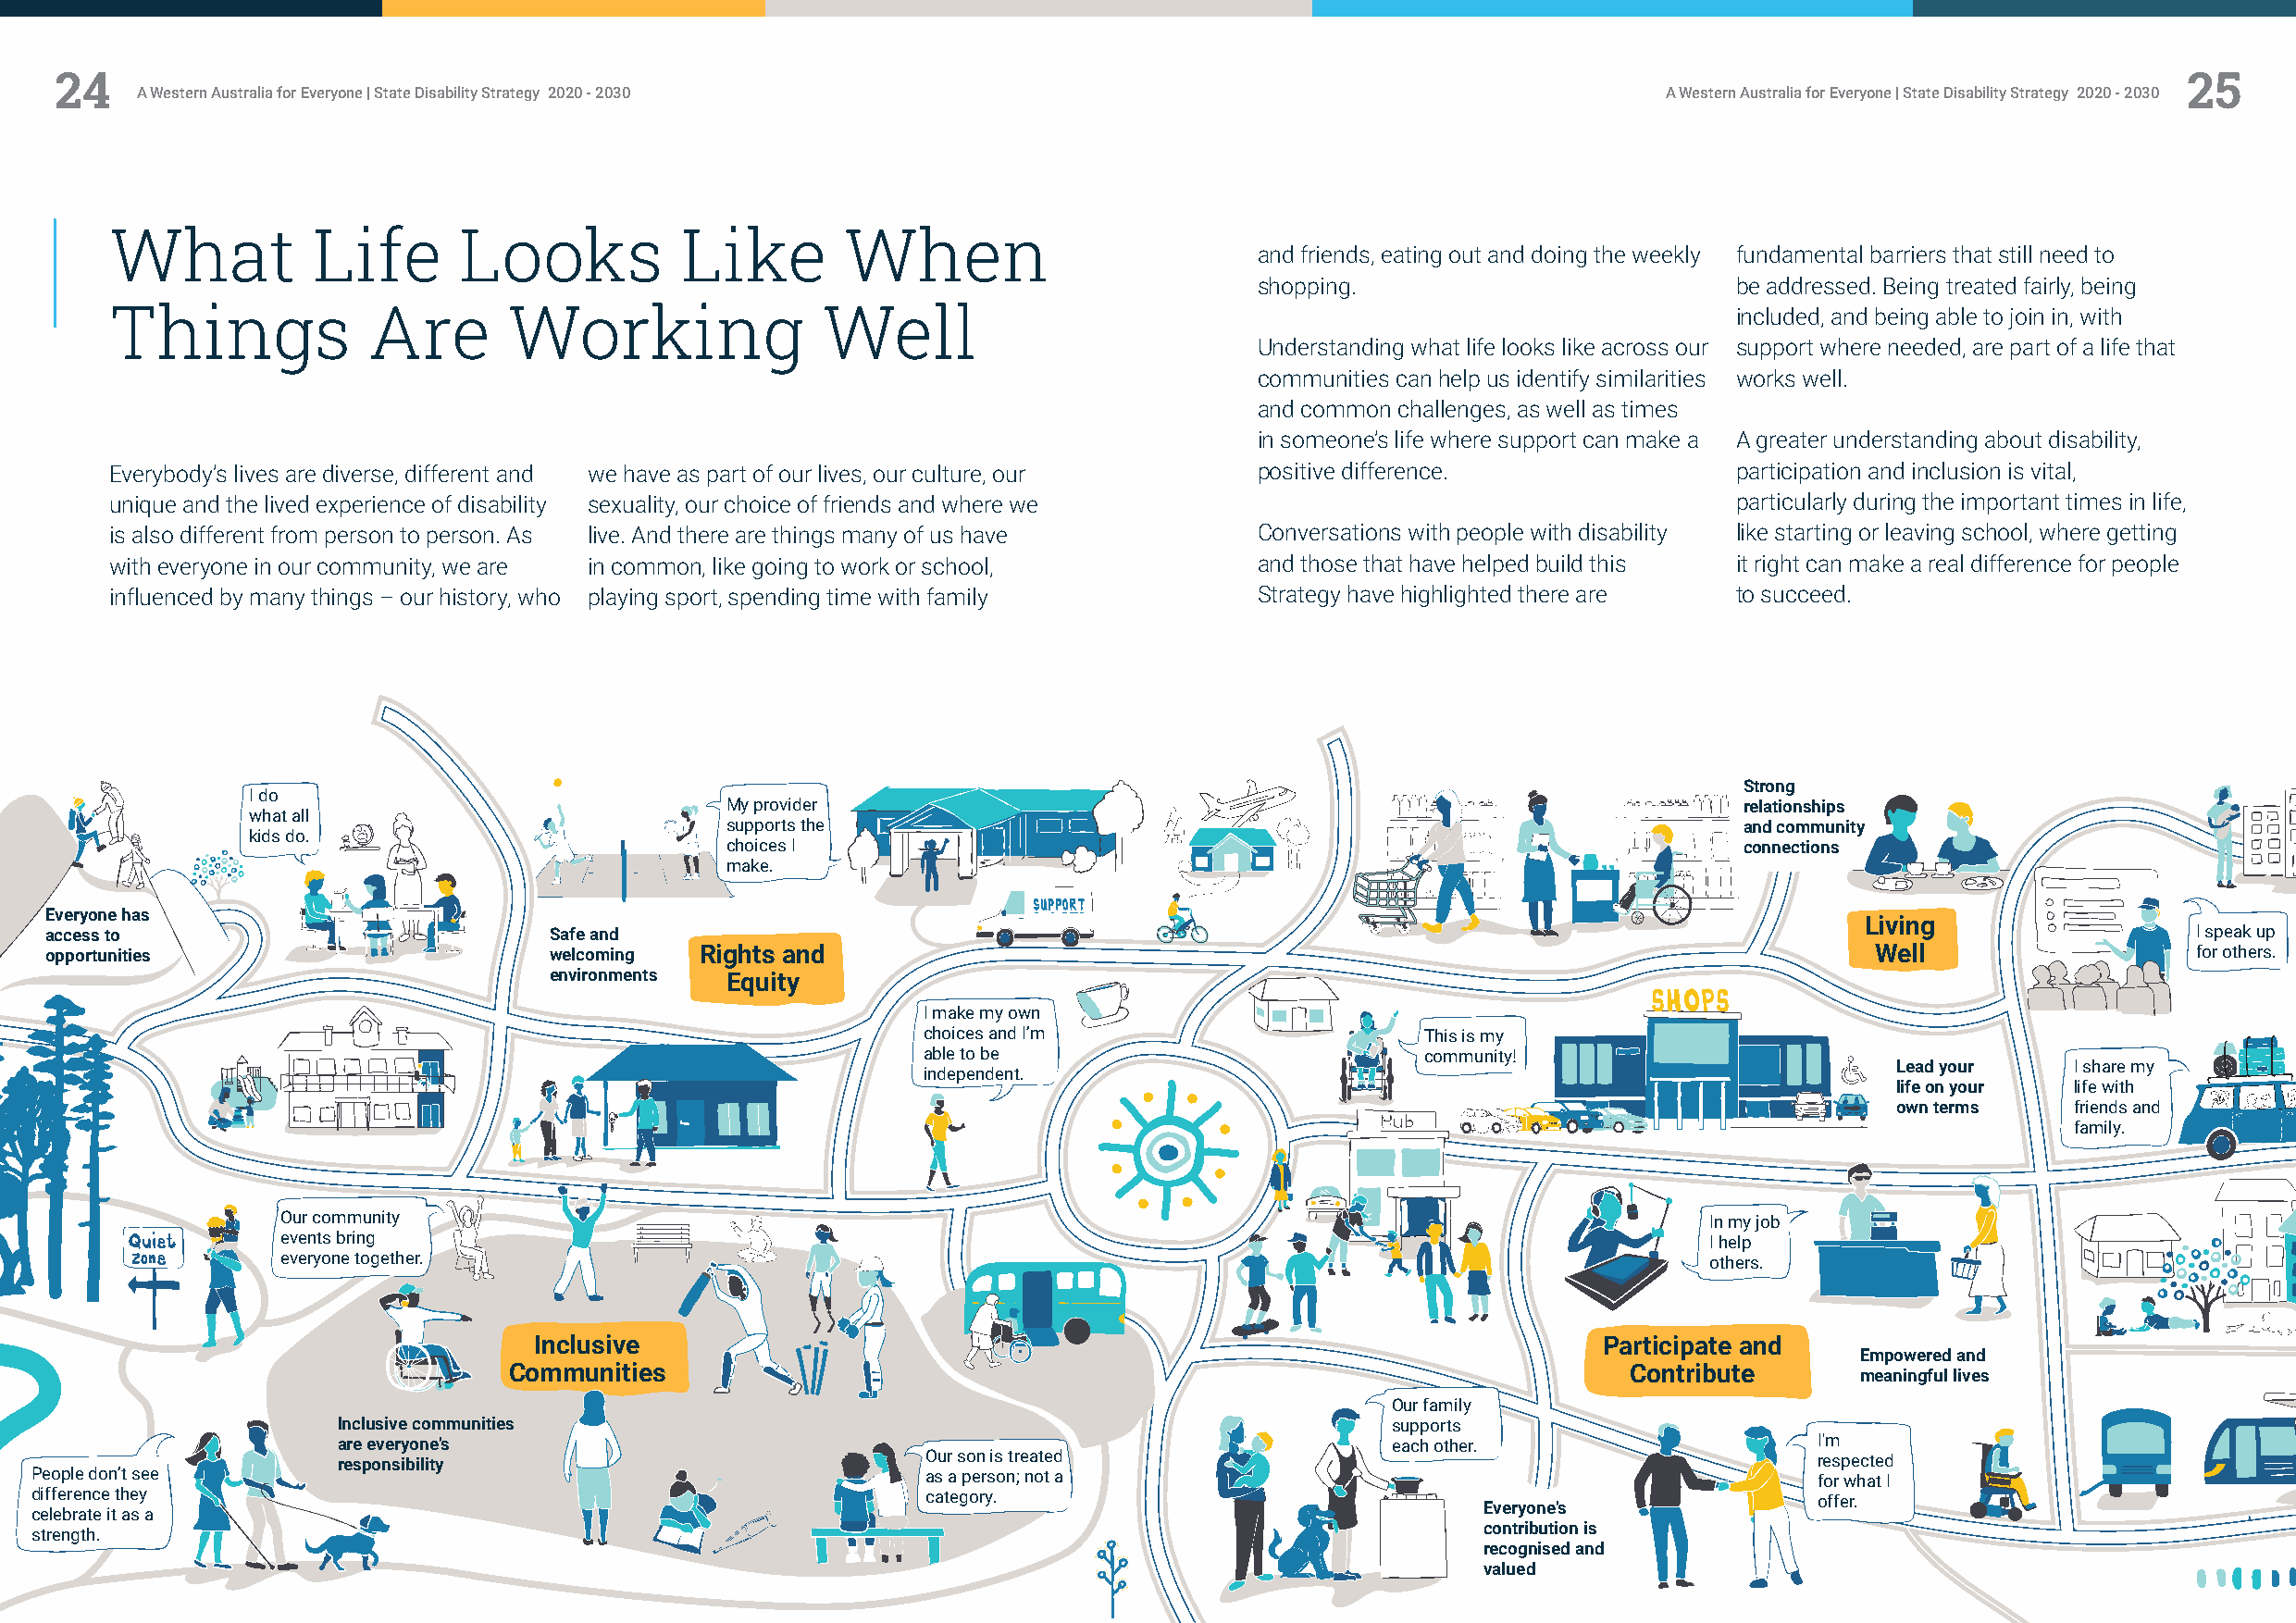
24                                                                                                                                                      25
 A Western Australia for Everyone | State Disability Strategy 2020 - 2030                                     A Western Australia for Everyone | State Disability Strategy 2020 - 2030
 What          Life       Looks           Like       When
 and friends, eating out and doing the weekly fundamental barriers that still need to
 shopping.                         be addressed. Being treated fairly, being
 Things            Are       Working                Well                                                             included, and being able to join in, with
 Understanding what life looks like across our support where needed, are part of a life that
 communities can help us identify similarities works well.
 and common challenges, as well as times
 in someone’s life where support can make a A greater understanding about disability,
 Everybody’s lives are diverse, different and we have as part of our lives, our culture, our positive difference.    participation and inclusion is vital,
 unique and the lived experience of disability sexuality, our choice of friends and where we                         particularly during the important times in life,
 is also different from person to person. As live. And there are things many of us have Conversations with people with disability like starting or leaving school, where getting
 with everyone in our community, we are in common, like going to work or school,   and those that have helped build this it right can make a real difference for people
 influenced by many things – our history, who playing sport, spending time with family Strategy have highlighted there are to succeed.
 Strong
 I do
 My provider                                                              relationships
 what all
 supports the                                                             and community
 kids do.
 choices I                                                                connections
 make.
 Everyone has
 Living
 access to                           Safe and                                                                                                              I speak up
 opportunities                       welcoming  Rights and                                                                          Well                   for others.
 environments Equity
 I make my own
 choices and I’m                     This is my
 able to be                          community!
 Lead your   I share my
 independent.
 life on your life with
 own terms   friends and
 family.
 Our community                                                                                         In my job
 events bring                                                                                          I help
 everyone together.                                                                                    others.
 Inclusive                                                                    Participate and
 Empowered and
 Communities                                                                      Contribute      meaningful lives
 Our family
 Inclusive communities                                                       supports
 are everyone’s                                                              each other.                   I'm
 responsibility                            Our son is treated                                              respected
 People don’t see                                                as a person; not a                                              for what I
 difference they                                                 category.                                                       offer.
 Everyone’s
 celebrate it as a
 contribution is
 strength.
 recognised and
 valued